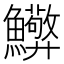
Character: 𮬘